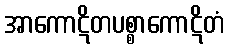
အာကောဋိတပစ္စာကောဋိတံ